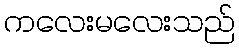
ကလေးမလေးသည်